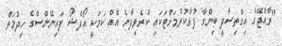
"ރާއްޖޭގެ އިގްތިސާދީ ބިންގާ ފުޅާކުރުމަށްޓަކައި ކުރެވިދާނެ އެއް ކަމަކީ އޯފްޝޯ ފައިނޭންސްގެ ހިދުމަތް